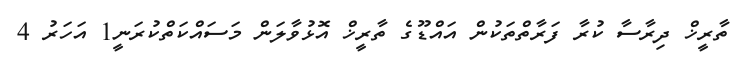
ތާރީޚް ދިރާސާ ކުރާ ފަރާތްތަކުން އައްޑޫގެ ތާރީޚް އޮޅުވާލަން މަސައްކަތްކުރަނީ1 އަހަރު 4